Report of the Municipal Commissioner on the plague in Bombay for the year ending 31st May... - Volume 3
Disease focus: Plague
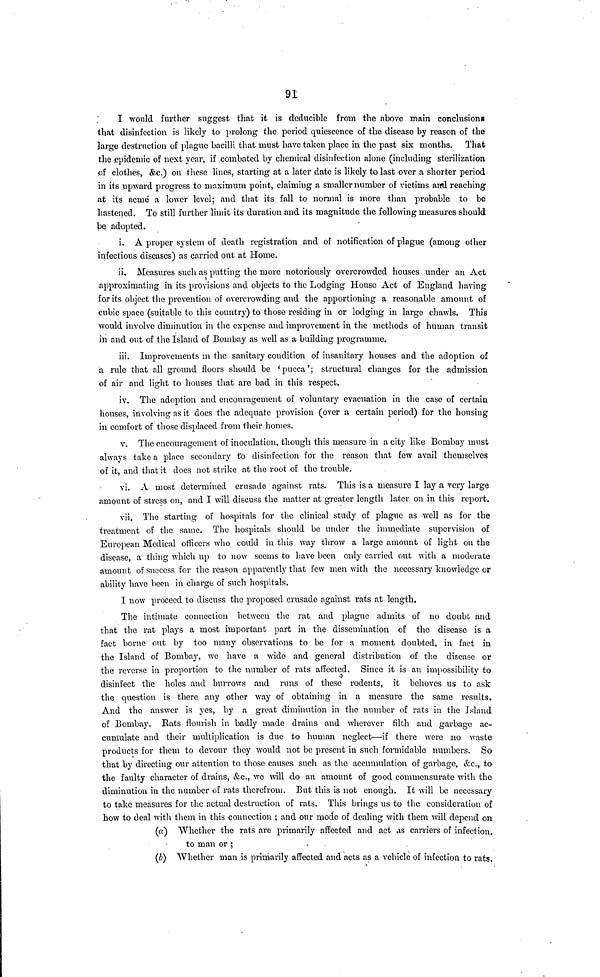
91
I would further suggest that it is deducible from the above main conclusions
that disinfection is likely to prolong the period quiescence of the disease by reason of the
large destruction of plague bacilli that must have taken place in the past six months. That
the epidemic of next year, if combated by chemical disinfection alone (including sterilization
of clothes, &c.) on these lines, starting at a later date is likely to last over a shorter period
in its upward progress to maximum point, claiming a smaller number of victims and reaching
at its acmé a lower level; and that its fall to normal is more than probable to be
hastened. To still further limit its duration and its magnitude the following measures should
be adopted.
i. A proper system of death registration and of notification of plague (among other
infectious diseases) as carried out at Home.
ii. Measures such as putting the more notoriously overcrowded houses under an Act
approximating in its provisions and objects to the Lodging House Act of England having
for its object the prevention of overcrowding and the apportioning a reasonable amount of
cubic space (suitable to this country) to those residing in or lodging in large chawls. This
would involve diminution in the expense and improvement in the methods of human transit
in and out of the Island of Bombay as well as a building programme.
iii. Improvements m the sanitary condition of insanitary houses and the adoption of
a rule that all ground floors should be 'pucca'; structural changes for the admission
of air and light to houses that are bad in this respect.
iv. The adoption and encouragement of voluntary evacuation in the case of certain
houses, involving as it does the adequate provision (over a certain period) for the housing
in comfort of those displaced from their homes.
v. The encouragement of inoculation, though this measure in a city like Bombay must
always take a place secondary to disinfection for the reason that few avail themselves
of it, and that it does not strike at the root of the trouble.
vi. A most determined crusade against rats. This is a measure I lay a very large
amount of stress on, and I will discuss the matter at greater length later on in this report.
vii. The starting of hospitals for the clinical study of plague as well as for the
treatment of the same. The hospitals should be under the immediate supervision of
European Medical officers who could in this way throw a large amount of light on the
disease, a thing which up to now seems to have been only carried out with a moderate
amount of success for the reason apparently that few men with the necessary knowledge or
ability have been in charge of such hospitals,
I now proceed to discuss the proposed crusade against rats at length.
The intimate connection between the rat and plague admits of no doubt and
that the rat plays a most important part in the dissemination of the disease is a
fact borne out by too many observations to be for a moment doubted, in fact in
the Island of Bombay, we have a wide and general distribution of the disease or
the reverse in proportion to the number of rats affected. Since it is an impossibility to
disinfect the holes and burrows and runs of these rodents, it behoves us to ask
the question is there any other way of obtaining in a measure the same results.
And the answer is yes, by a great diminution in the number of rats in the island
of Bombay. Rats flourish in badly made drains and wherever filth and garbage ac-
cumulate and their multiplication is due to human neglect—if there were no waste
products for them to devour they would not be present in such formidable numbers. So
that by directing our attention to those causes such as the accumulation of garbage, &c., to
the faulty character of drains, &c., we will do an amount of good commensurate with the
diminution in the number of rats therefrom. But this is not enough. It will be necessary
to take measures for the actual destruction of rats. This brings us to the consideration of
how to deal with them in this connection ; and our mode of dealing with them will depend on
(a) Whether the rats are primarily affected and act as carriers of infection.
to man or ;
(b) Whether man is primarily affected and acts as a vehicle of infection to rats.